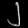
Digit: ၂